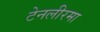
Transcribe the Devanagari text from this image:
टेनलीरमा